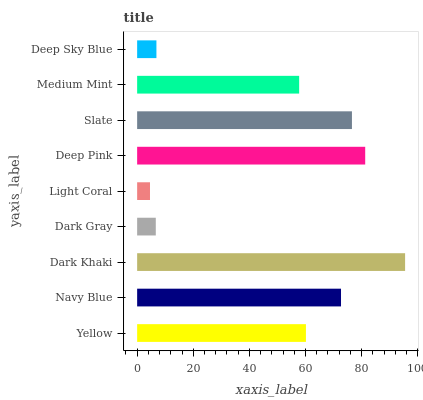
| yaxis_label | bars |
 | --- | --- |
 | Yellow | 60.1 |
 | Navy Blue | 72.6 |
 | Dark Khaki | 95.5 |
 | Dark Gray | 6.64 |
 | Light Coral | 4.58 |
 | Deep Pink | 81.3 |
 | Slate | 76.5 |
 | Medium Mint | 57.7 |
 | Deep Sky Blue | 6.87 |